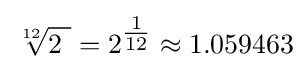
{\sqrt[{12}]{2\ }}=2^{\tfrac {1}{12}}\approx 1.059463